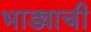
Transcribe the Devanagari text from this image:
भाड्याची